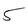
Character: 5